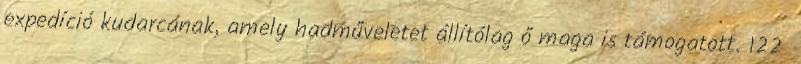
expedíció kudarcának, amely hadműveletet állítólag ő maga is támogatott. 122